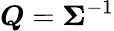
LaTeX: {\boldsymbol{Q}}={\boldsymbol{\Sigma}}^{-1}